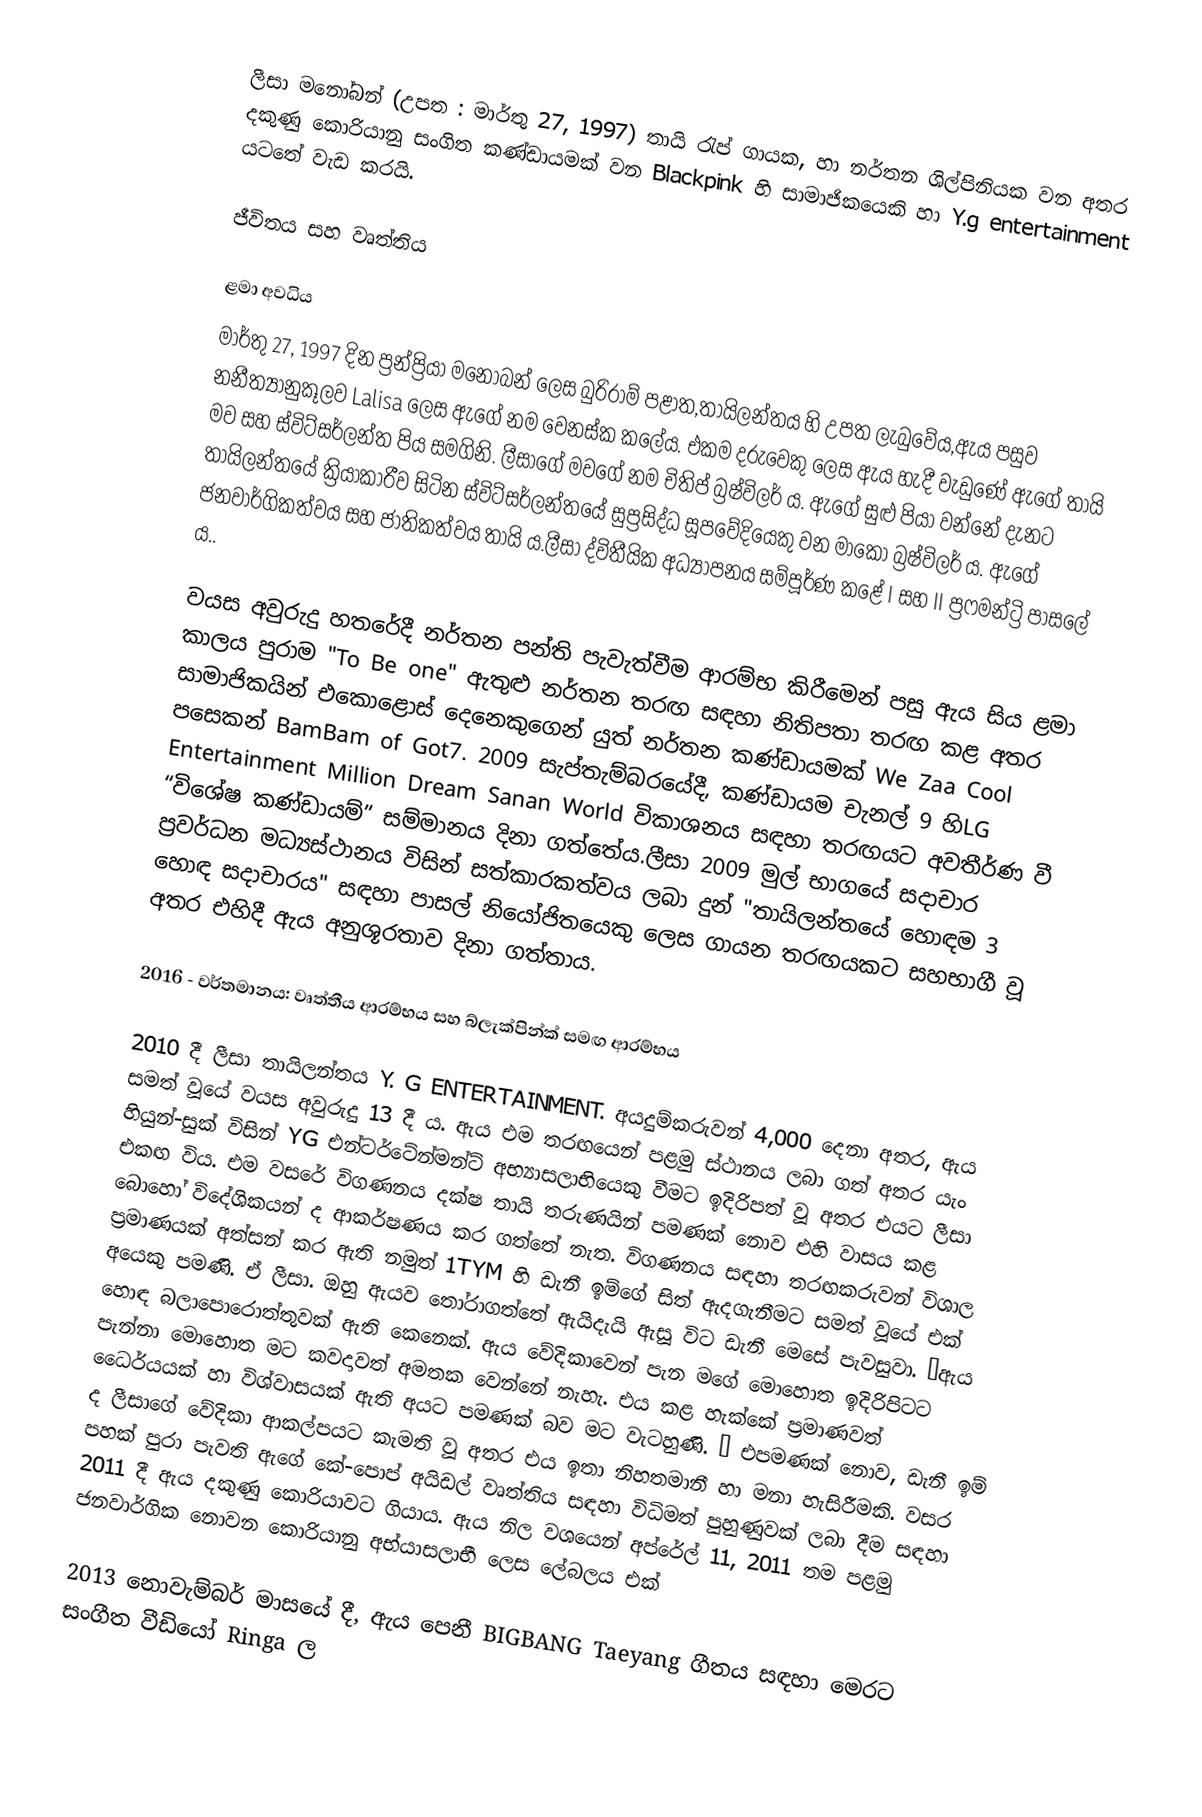
ලීසා මනෝබන් (උපත : මාර්තු 27, 1997) තායි රැප් ගායක, හා නර්තන ශිල්පිනියක වන අතර දකුණු කොරියානු සංගිත කණ්ඩායමක් වන Blackpink හි සාමාජිකයෙකි හා Y.g entertainment යටතේ වැඩ කරයි.

ජීවිතය සහ වෘත්තිය

ළමා අවධිය
මාර්තු 27, 1997 දින ප්‍රන්ප්‍රියා මනෝබන් ලෙස බුරිරාම් පළාත,තායිලන්තය හි උපත ලැබුවේය,ඇය පසුව නනීත්‍යානුකූලව Lalisa⁣ ලෙස ඇගේ නම වෙනස්ක කලේය. එකම දරුවෙකු ලෙස ඇය හැදී වැඩුණේ ඇගේ තායි මව සහ ස්විට්සර්ලන්ත පිය සමගිනි. ලීසාගේ මවගේ නම චිතිප් බ්‍රෂ්විලර් ය. ඇගේ සුළු පියා වන්නේ දැනට තායිලන්තයේ ක්‍රියාකාරීව සිටින ස්විට්සර්ලන්තයේ සුප්‍රසිද්ධ සූපවේදියෙකු වන මාකෝ බ්‍රෂ්විලර් ය. ඇගේ ජනවාර්ගිකත්වය සහ ජාතිකත්වය තායි ය.ලීසා ද්විතීයික අධ්‍යාපනය සම්පූර්ණ කළේ I සහ II ප්‍රෆමන්ට්‍රි පාසලේ ය..

වයස අවුරුදු හතරේදී නර්තන පන්ති පැවැත්වීම ආරම්භ කිරීමෙන් පසු ඇය සිය ළමා කාලය පුරාම "To Be one" ඇතුළු නර්තන තරඟ සඳහා නිතිපතා තරඟ කළ අතර සාමාජිකයින් එකොළොස් දෙනෙකුගෙන් යුත් නර්තන කණ්ඩායමක් We Zaa Cool පසෙකන් BamBam of Got7. 2009 සැප්තැම්බරයේදී, කණ්ඩායම චැනල් 9 හිLG Entertainment Million Dream Sanan World විකාශනය සඳහා තරඟයට අවතීර්ණ වී “විශේෂ කණ්ඩායම්” සම්මානය දිනා ගත්තේය.ලීසා 2009 මුල් භාගයේ සදාචාර ප්‍රවර්ධන මධ්‍යස්ථානය විසින් සත්කාරකත්වය ලබා දුන් "තායිලන්තයේ හොඳම 3 හොඳ සදාචාරය" සඳහා පාසල් නියෝජිතයෙකු ලෙස ගායන තරඟයකට සහභාගී වූ අතර එහිදී ඇය අනුශූරතාව දිනා ගත්තාය.

2016 - වර්තමානය: වෘත්තීය ආරම්භය සහ බ්ලැක්පින්ක් සමඟ ආරම්භය

2010 දී ලීසා තායිලන්තය Y. G ENTERTAINMENT. අයදුම්කරුවන් 4,000 දෙනා අතර, ඇය සමත් වූයේ වයස අවුරුදු 13 දී ය. ඇය එම තරඟයෙන් පළමු ස්ථානය ලබා ගත් අතර යැං හියුන්-සුක් විසින් YG එන්ටර්ටේන්මන්ට් අභ්‍යාසලාභියෙකු වීමට ඉදිරිපත් වූ අතර එයට ලීසා එකඟ විය. එම වසරේ විගණනය දක්ෂ තායි තරුණයින් පමණක් නොව එහි වාසය කළ බොහෝ විදේශිකයන් ද ආකර්ෂණය කර ගත්තේ නැත. විගණනය සඳහා තරඟකරුවන් විශාල ප්‍රමාණයක් අත්සන් කර ඇති නමුත් 1TYM හි ඩැනී ඉම්ගේ සිත් ඇදගැනීමට සමත් වූයේ එක් අයෙකු පමණි. ඒ ලීසා. ඔහු ඇයව තෝරාගත්තේ ඇයිදැයි ඇසූ විට ඩැනී මෙසේ පැවසුවා. “ඇය හොඳ බලාපොරොත්තුවක් ඇති කෙනෙක්. ඇය වේදිකාවෙන් පැන මගේ මොහොත ඉදිරිපිටට පැන්නා මොහොත මට කවදාවත් අමතක වෙන්නේ නැහැ. එය කළ හැක්කේ ප්‍රමාණවත් ධෛර්යයක් හා විශ්වාසයක් ඇති අයට පමණක් බව මට වැටහුණි. ” එපමණක් නොව, ඩැනී ඉම් ද ලීසාගේ වේදිකා ආකල්පයට කැමති වූ අතර එය ඉතා නිහතමානී හා මනා හැසිරීමකි.   වසර පහක් පුරා පැවති ඇගේ කේ-පොප් අයිඩල් වෘත්තිය සඳහා විධිමත් පුහුණුවක් ලබා දීම සඳහා 2011 දී ඇය දකුණු කොරියාවට ගියාය. ඇය නිල වශයෙන් අප්රේල් 11, 2011 තම පළමු ජනවාර්ගික නොවන කොරියානු අභ්යාසලාභී ලෙස ලේබලය එක්

2013 නොවැම්බර් මාසයේ දී, ඇය පෙනී BIGBANG Taeyang ගීතය සඳහා මෙරට සංගීත වීඩියෝ Ringa ල